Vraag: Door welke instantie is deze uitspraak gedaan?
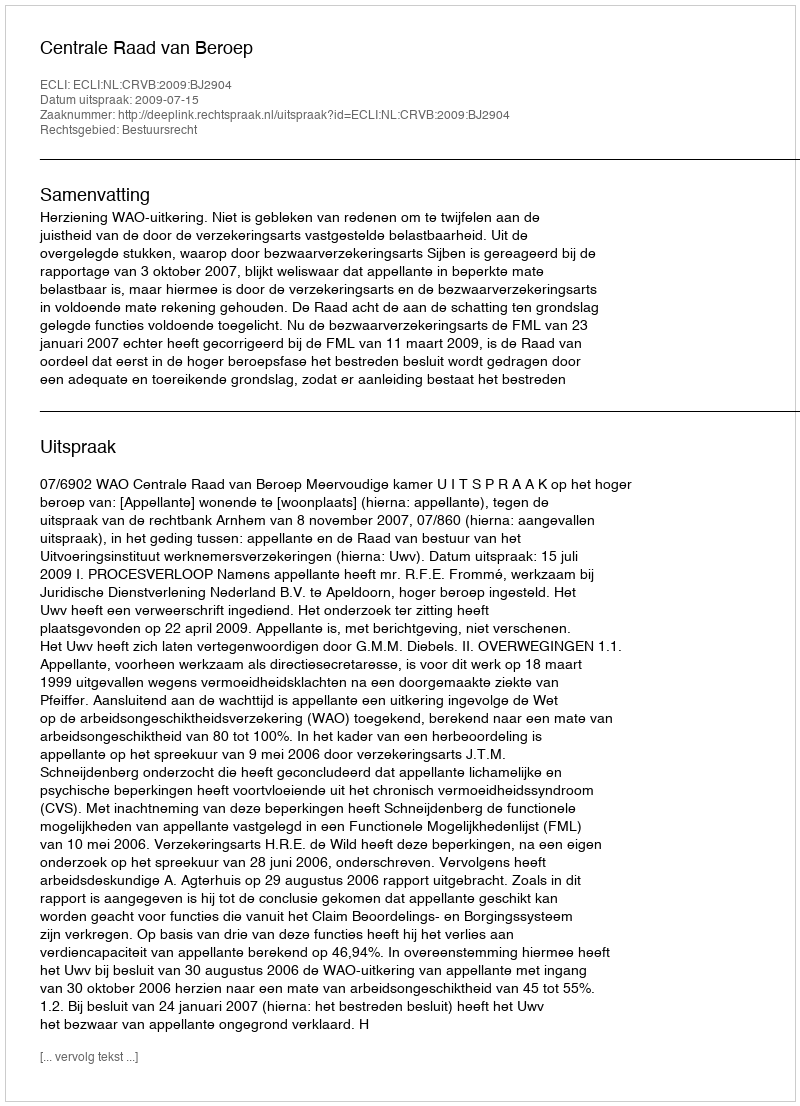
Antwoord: Centrale Raad van Beroep